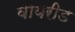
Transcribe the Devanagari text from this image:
वायरीड